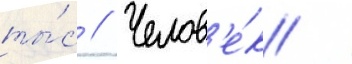
ты́с // Челов'е́к /